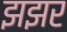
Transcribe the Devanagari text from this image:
झझर